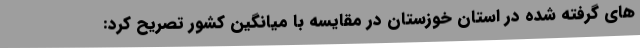
های گرفته شده در استان خوزستان در مقایسه با میانگین کشور تصریح کرد: